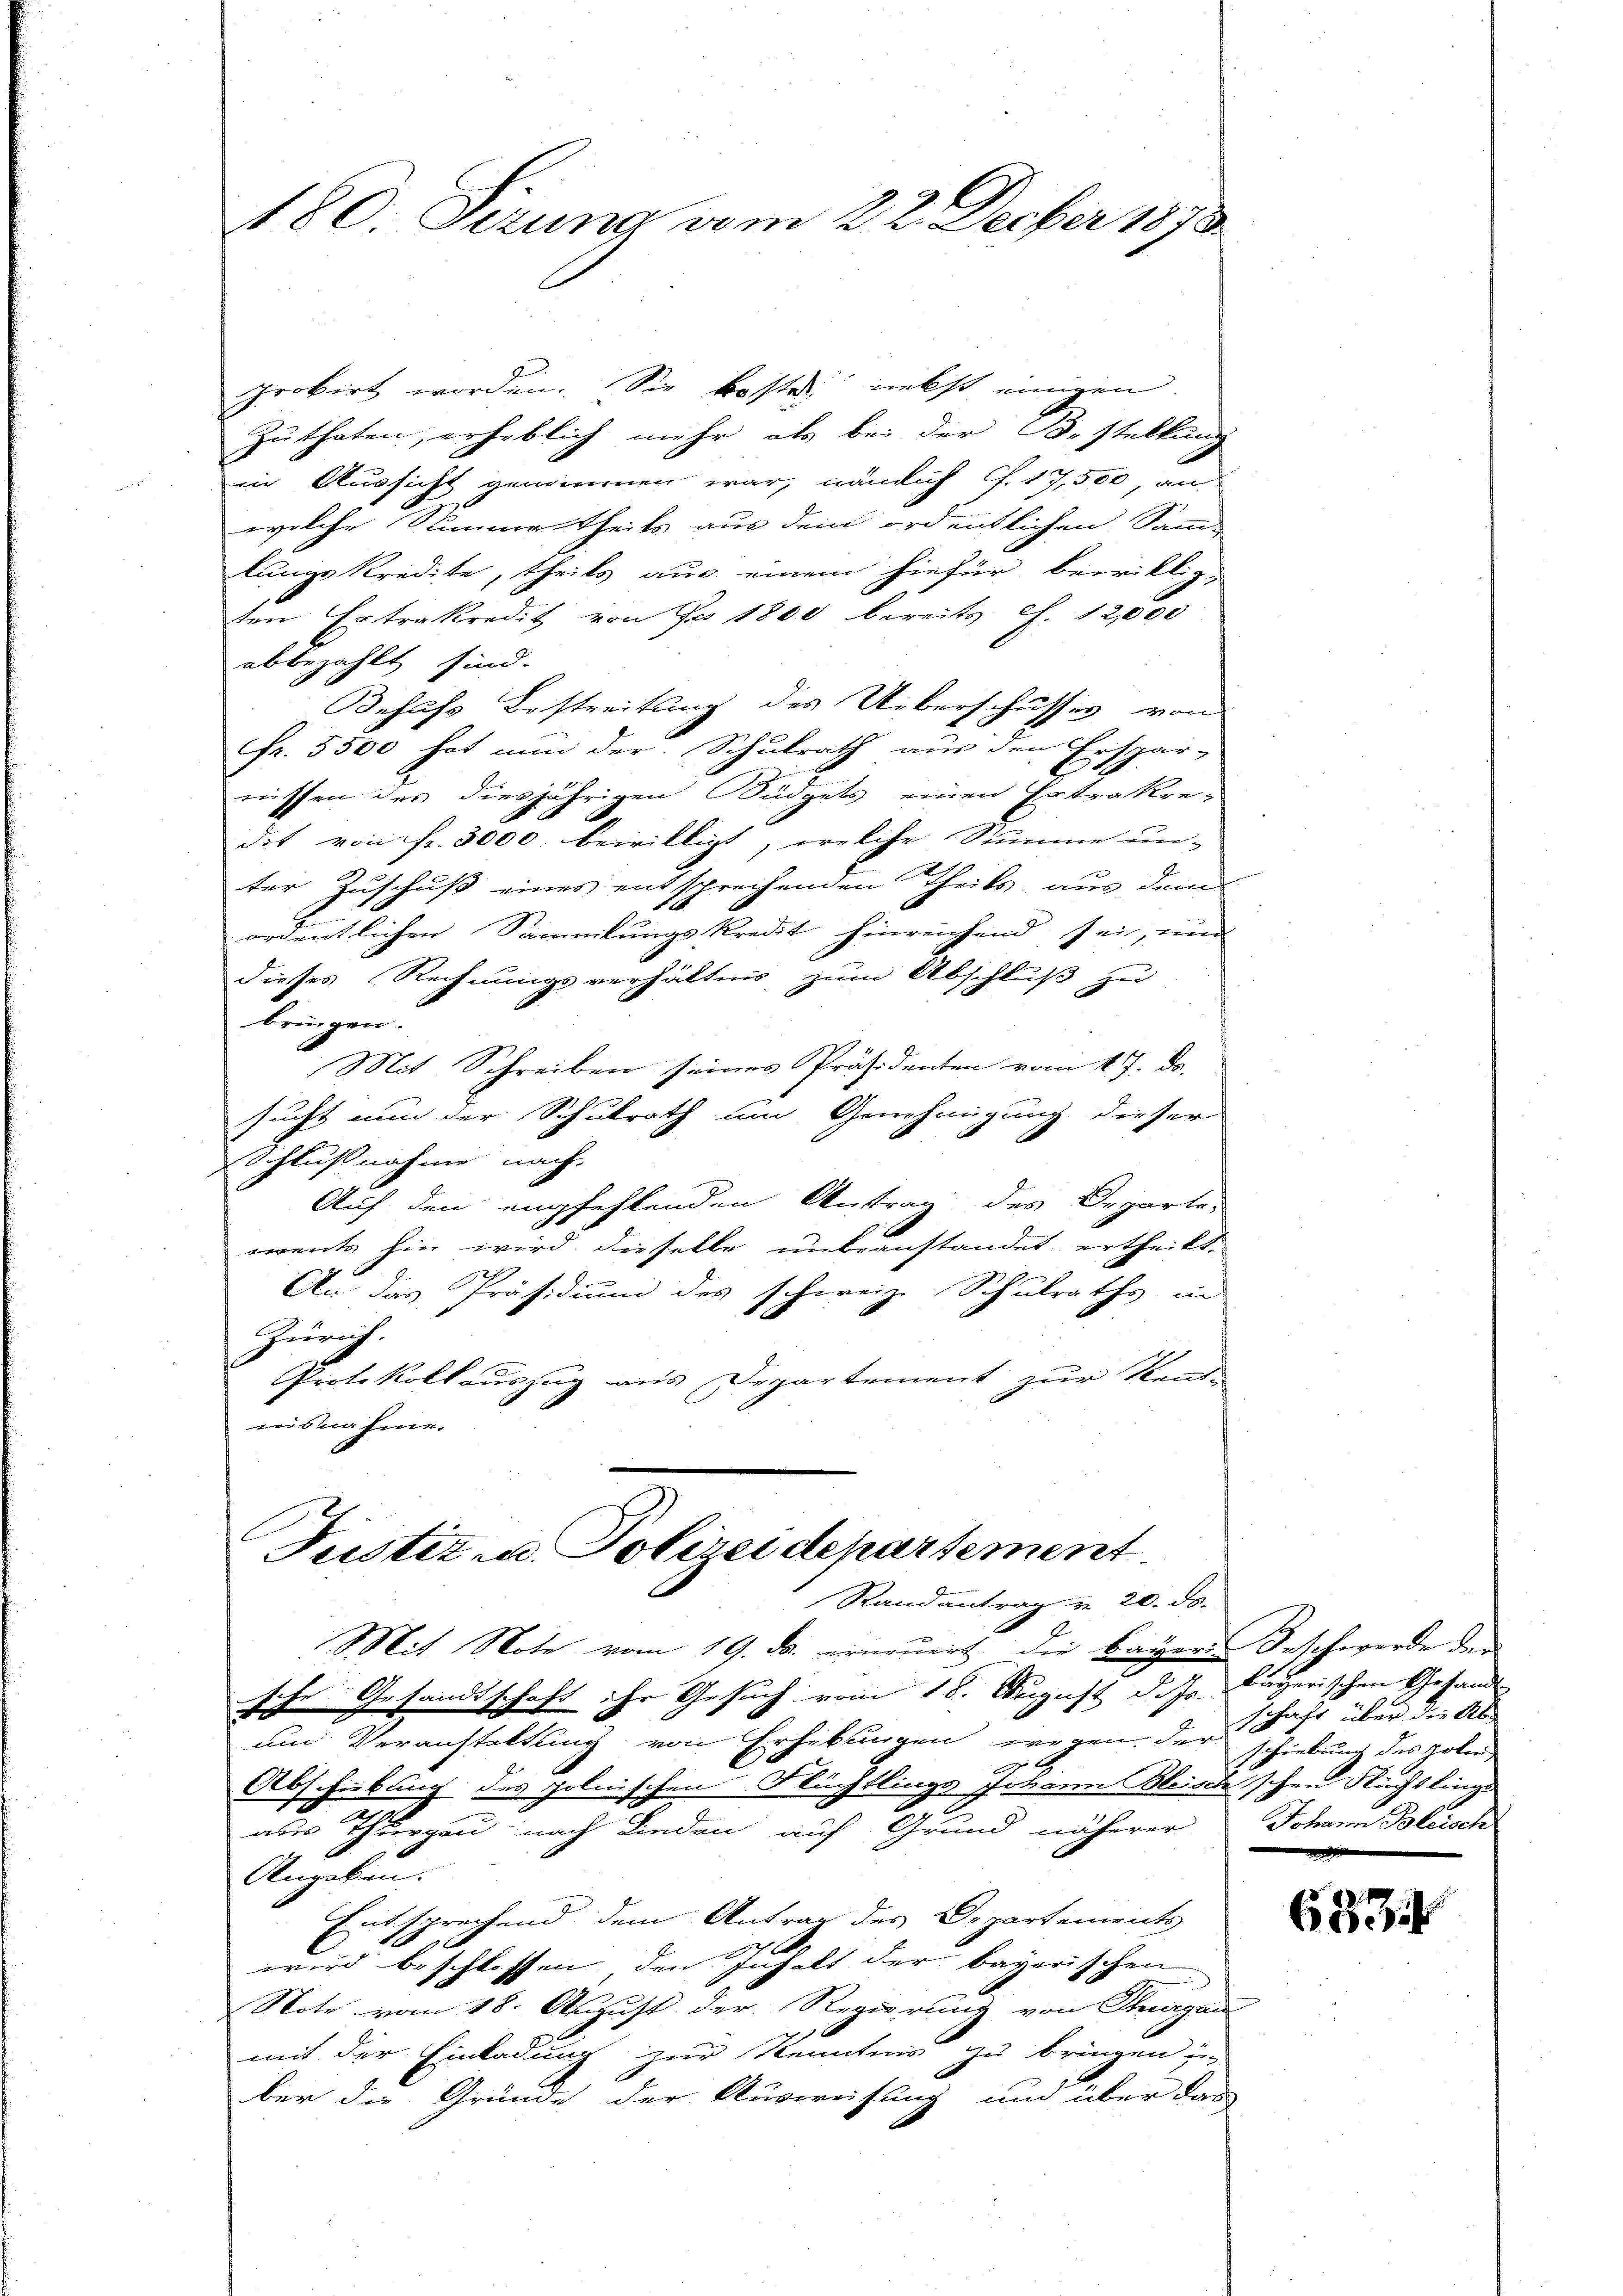
180. Sirung vom 22. Decber 1873.

probirt worden. Sie koste nebst einigen
Zuthaten, erheblich mehr als bei der Bestellung
in Aussicht genommen war, nämlich f. 17,500, an
welche Stimme theils aus dem ordentlichen Samm-
lungskredite, theils aus einem hiefür bewillig-
ten Extrakredit von Fr. 1800 bereits c. 12,000
abbezahlt sind.
Behufs Bestreitung des Ueberschusses von
Fr. 5500 hat nun der Schulrath aus den Erspar-
rüssen des diesjährigen Büdgets einen Extrakre-
dit von fr. 3000. bewilligt, welche Summe un-
ter Zuschuß eines entsprechenden Theils aus dem
l
ordentlichen Sammlungskredit hinreichend sei, und
dieses Rechnungsverhältnis zum Abschluß zu
bringen.
Mit Schreiben seines Präsidenten vom 17. Da
sucht nun der Schulrath um Genehmigung dieser
Schlußnahme nach
Auf den empfehlenden Antrag des Departe-
wente hin wird dieselbe unbeanstandet ertheilt.
An das Präsidium des schweiz. Schulraths in
Zürich.
Protokollauszug aus Departement zur Send-
ausnahme.
Justiz u. Polizeidepartement.

Randantrag v. 20. ds.
Mit Note vom 19. ds. erneuert, die bayer Beschwerde der

sche Gesandtschaft ihr Gesuch vom 18. August d. Js. Bayerischen Gesandt
um Veranstaltung von Erhebungen wegen der
Abschiebung des polnischen Nüchtlings Johann Bleisch schen Flüchtlinge
aber Thurgau nach Lieden auf Grund näherer Johann Bleisch
Angaben.
Entsprechend dem Antrag des Departements
wird beschlossen, den Inhalt der bayerischen
Note vom 18. August der Regierung von Thurgau
mit der Einladung zur Kenntnis zu bringen u.
ber die Gründe der Ausweisung und über das

schaft über die Ab
schiebung des Johan

6334